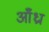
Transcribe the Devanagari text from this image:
आँध्रा